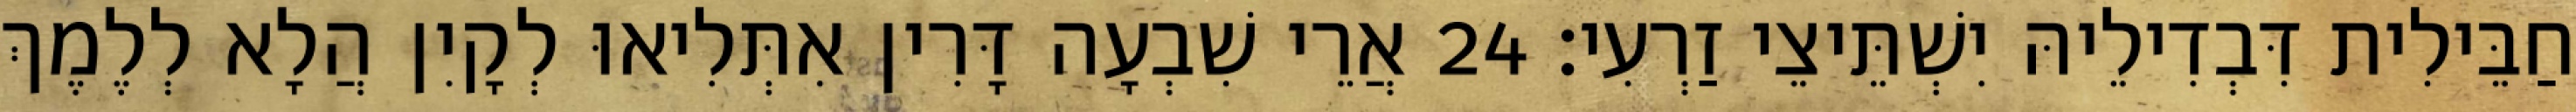
חַבֵּילִית דִּבְדִילֵיהּ יִשְׁתֵּיצֵי זַרְעִי׃ 24 אֲרֵי שִׁבְעָה דָּרִין אִתְּלִיאוּ לְקָיִן הֲלָא לְלֶמֶךְ